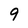
Character: 9